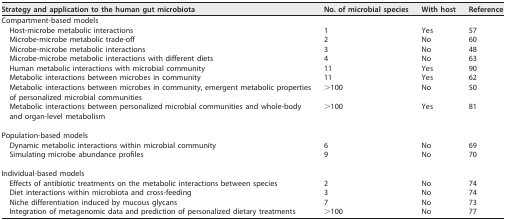
<table><thead><tr><td><b>Strategy and application to the human gut microbiota</b></td><td><b>No. of microbial species</b></td><td><b>With host</b></td><td><b>Reference</b></td></tr></thead><tbody><tr><td>Compartment-based models</td><td></td><td></td><td></td></tr><tr><td>Host-microbe metabolic interactions</td><td>1</td><td>Yes</td><td>57</td></tr><tr><td>Microbe-microbe metabolic trade-off</td><td>2</td><td>No</td><td>60</td></tr><tr><td>Microbe-microbe metabolic interactions</td><td>3</td><td>No</td><td>48</td></tr><tr><td>Microbe-microbe metabolic interactions with different diets</td><td>4</td><td>No</td><td>63</td></tr><tr><td>Human metabolic interactions with microbial community</td><td>11</td><td>Yes</td><td>90</td></tr><tr><td>Metabolic interactions between microbes in community</td><td>11</td><td>Yes</td><td>62</td></tr><tr><td>Metabolic interactions between microbes in community, emergent metabolic properties of personalized microbial communities</td><td>&gt;100</td><td>No</td><td>50</td></tr><tr><td>Metabolic interactions between personalized microbial communities and whole-body and organ-level metabolism</td><td>&gt;100</td><td>Yes</td><td>81</td></tr><tr><td>Population-based models</td><td></td><td></td><td></td></tr><tr><td>Dynamic metabolic interactions within microbial community</td><td>6</td><td>No</td><td>69</td></tr><tr><td>Simulating microbe abundance profiles</td><td>9</td><td>No</td><td>70</td></tr><tr><td>Individual-based models</td><td></td><td></td><td></td></tr><tr><td>Effects of antibiotic treatments on the metabolic interactions between species</td><td>2</td><td>No</td><td>74</td></tr><tr><td>Diet interactions within microbiota and cross-feeding</td><td>3</td><td>No</td><td>74</td></tr><tr><td>Niche differentiation induced by mucous glycans</td><td>7</td><td>No</td><td>73</td></tr><tr><td>Integration of metagenomic data and prediction of personalized dietary treatments</td><td>&gt;100</td><td>No</td><td>77</td></tr></tbody></table>